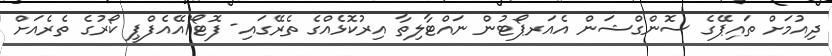
ދިއުމަށް ތައިޕޭގެ ސޮންގްޝަން އެއަރޕޯޓުން ނައްޓާލިތާ އިރުކޮޅެއްގެ ތެރޭގައި- ފޮޓޯ/އޭއެފްޕީ ކޯރުގެ ތެރެއަށް